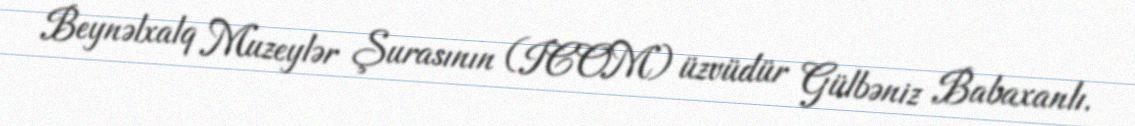
Beynəlxalq Muzeylər Şurasının (ICOM) üzvüdür Gülbəniz Babaxanlı.